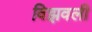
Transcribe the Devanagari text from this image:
विझवली